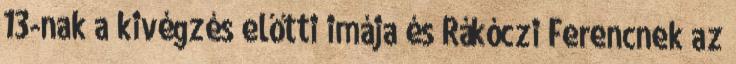
13-nak a kivégzés előtti imája és Rákóczi Ferencnek az